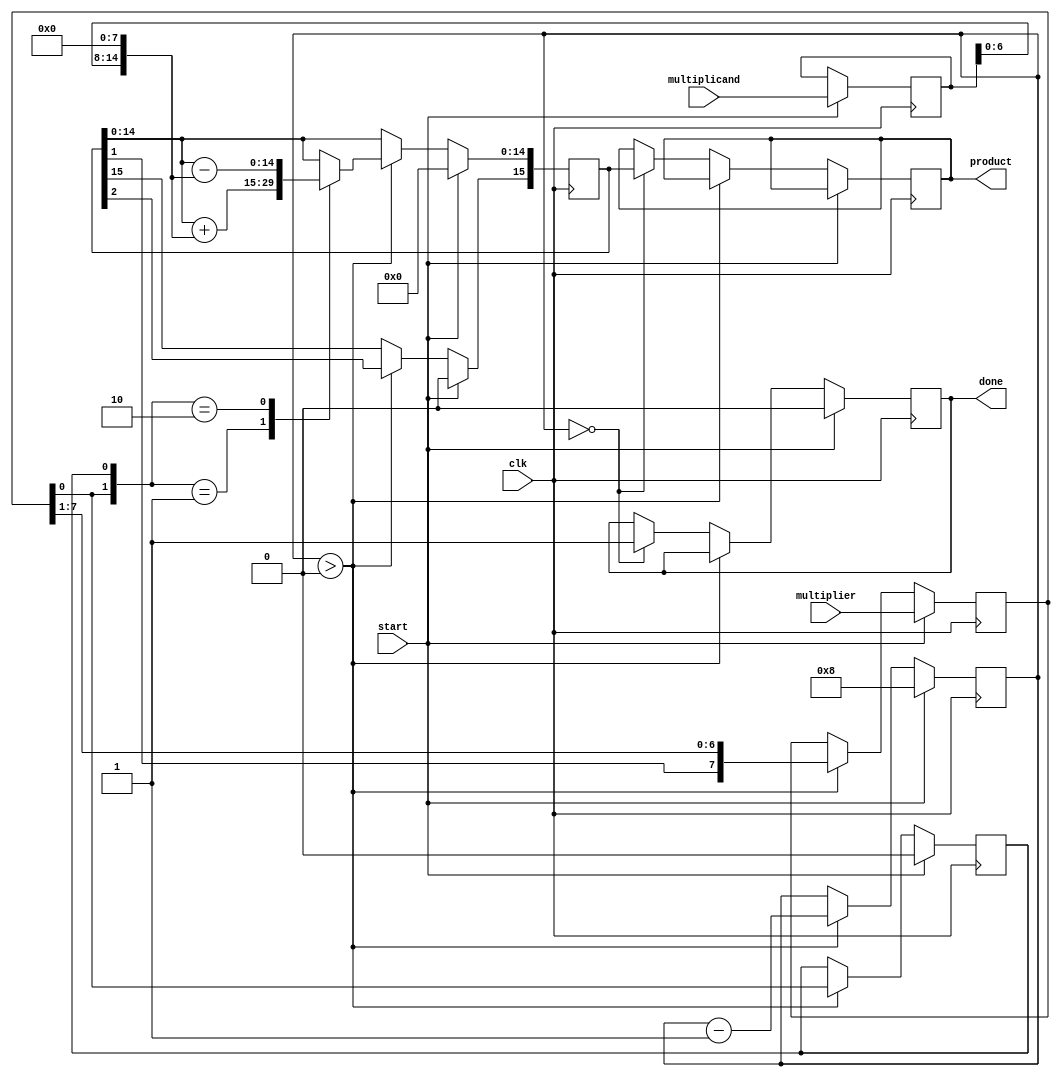
module booth_multiplier #(parameter WIDTH = 8) (
    input signed [WIDTH-1:0] multiplicand,
    input signed [WIDTH-1:0] multiplier,
    output reg signed [2*WIDTH-1:0] product,
    input clk,
    input start,
    output reg done
);

    reg signed [WIDTH-1:0] M;          // Multiplicand
    reg signed [WIDTH-1:0] Q;          // Multiplier
    reg signed [2*WIDTH-1:0] P;        // Product
    reg Q_1;                            // Previous LSB of Q
    reg [3:0] count;                   // Count for iterations

    // State machine for Booth's algorithm
    always @(posedge clk) begin
        if (start) begin
            // Initialize registers
            M <= multiplicand;
            Q <= multiplier;
            P <= 0;
            Q_1 <= 0;
            count <= WIDTH; // Number of bits to process
            done <= 0;
        end else if (count > 0) begin
            case ({Q[0], Q_1}) // Check the last two bits of Q and Q-1
                2'b00: begin
                    // No operation
                end
                2'b01: begin
                    // Add M to P
                    P <= P + {M, {WIDTH{1'b0}}}; // Shift M to align with P
                end
                2'b10: begin
                    // Subtract M from P
                    P <= P - {M, {WIDTH{1'b0}}}; // Shift M to align with P
                end
                2'b11: begin
                    // No operation
                end
            endcase
            
            // Arithmetic right shift
            {P[2*WIDTH-1], Q, Q_1} <= {P[2*WIDTH-1], P[2*WIDTH-1:1], Q[WIDTH-1:1], Q[0]}; // Shift P and Q
            Q_1 <= Q[0]; // Update Q-1
            count <= count - 1; // Decrement the count
        end else if (count == 0) begin
            product <= P; // Final product
            done <= 1; // Indicate completion
        end
    end

endmodule